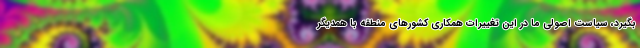
بگیرد، سیاست اصولی ما در این تغییرات همکاری کشورهای منطقه با همدیگر